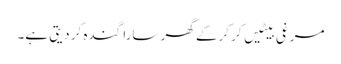
مرغی بیٹیں کر کرکے گھر سارا گندہ کر دیتی ہے۔